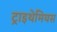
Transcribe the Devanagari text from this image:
ट्राइथेमियस